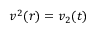
v ^ { 2 } ( r ) = v _ { 2 } ( t )